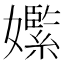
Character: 𡣵